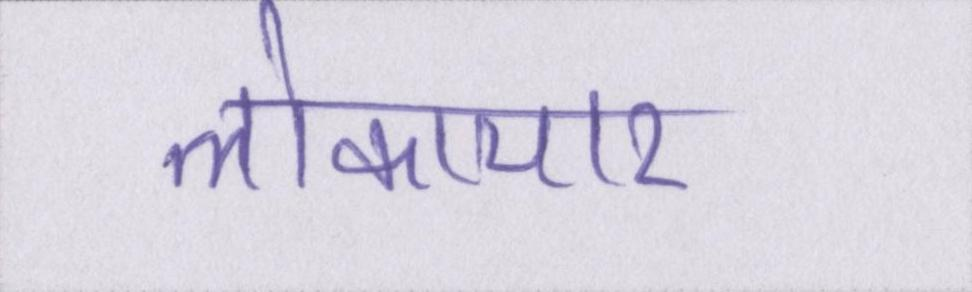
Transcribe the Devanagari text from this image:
लोकाचार